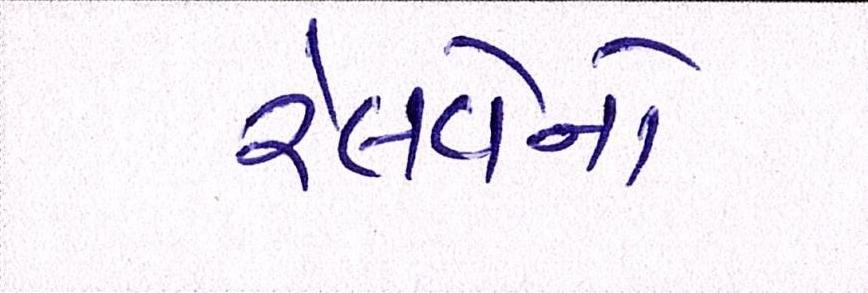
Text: રેલવેનો